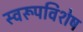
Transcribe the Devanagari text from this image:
स्वरूपविशेष